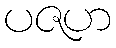
ပဇဟ